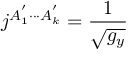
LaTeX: j ^ { A _ { 1 } ^ { ^ { \prime } } \cdot \cdot \cdot A _ { k } ^ { ^ { \prime } } } = \frac 1 { \sqrt { g _ { y } } }